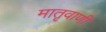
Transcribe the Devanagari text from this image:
मातृवाणी